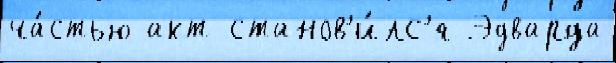
ча́стью акт станов'и́лс'я Эдварда